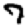
Digit: 7